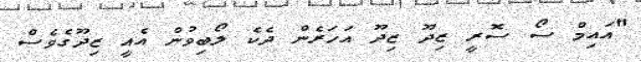
"އައިމް ސޯ ސޮރީ ޒިދޫ ޒިދޫ އަހަރެން ދެކެ ލޯބިވުން އެއީ ޒިދޫގެވެސް